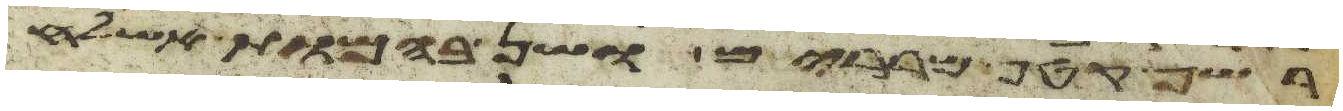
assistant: רשף קטף מררים ושן בהמות אשלח